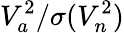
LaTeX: V_{a}^{2}/\sigma(V_{n}^{2})